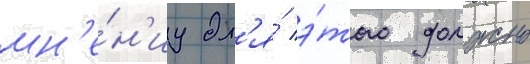
мн'е́н'иу дл'я́ э́того должно